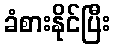
ခံစားနိုင်ပြီး